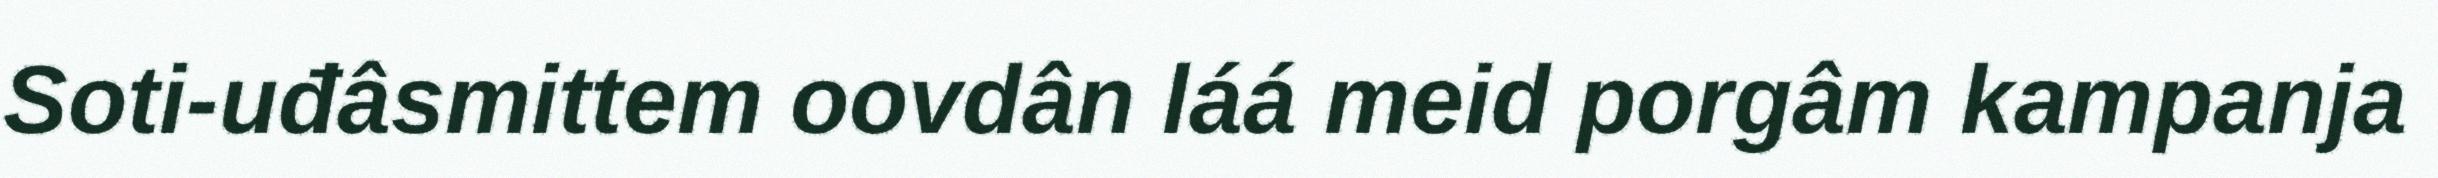
Soti-uđâsmittem oovdân láá meid porgâm kampanja